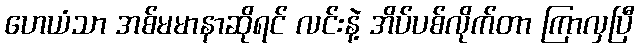
ဟေယံသာ အစ်မမာနာဆိုရင် လင်းနဲ့ အိပ်ပစ်လိုက်တာ ကြာလှပြီ